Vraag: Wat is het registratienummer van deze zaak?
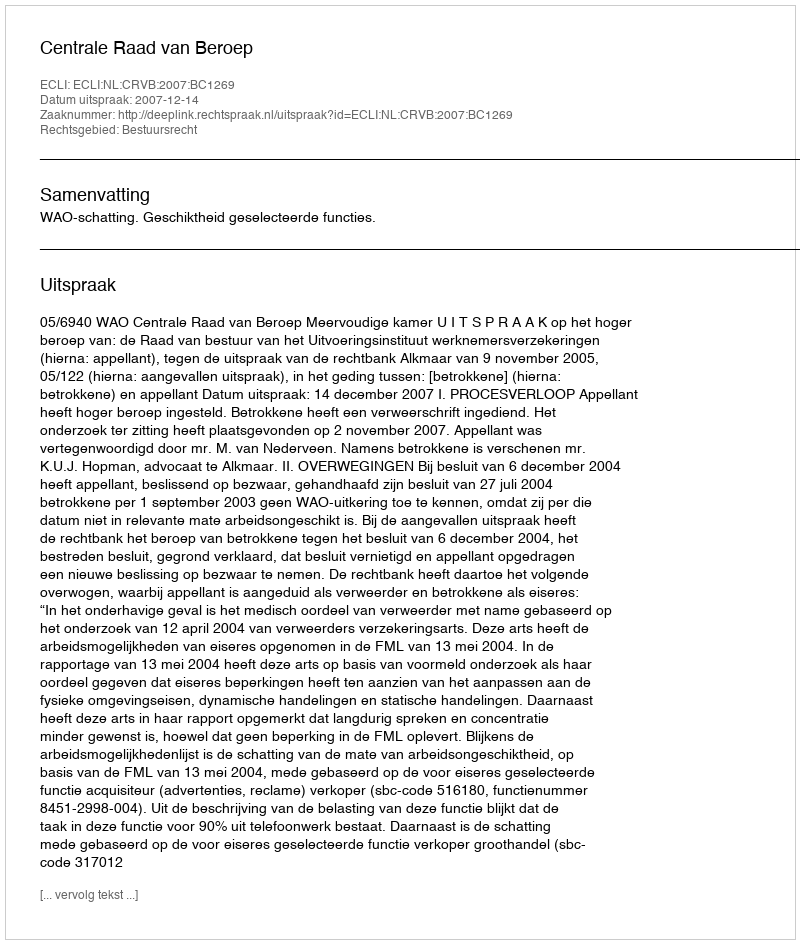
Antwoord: http://deeplink.rechtspraak.nl/uitspraak?id=ECLI:NL:CRVB:2007:BC1269